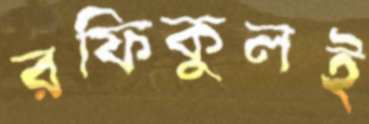
রফিকুলই